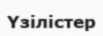
Үзілістер